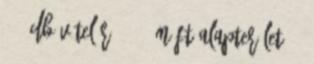
2 2 db Vételár 56,71 M Ft Alapterület 61